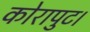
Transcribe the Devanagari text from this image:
कोरापुट।